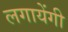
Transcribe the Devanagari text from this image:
लगायेंगी